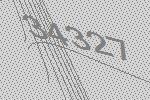
34327